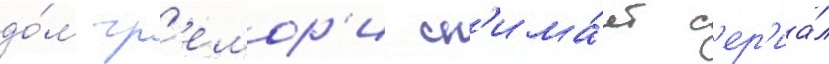
до́м гр'емор'и сн'има́ет с'ер'иа́л